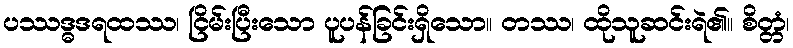
ပဿဒ္ဓဒရထဿ၊ ငြိမ်းပြီးသော ပူပန်ခြင်းရှိသော။ တဿ၊ ထိုသူဆင်းရဲ၏။ စိတ္တံ၊